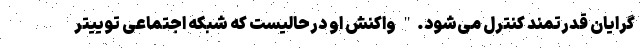
گرایان قدرتمند کنترل می‌شود." واکنش او درحالیست که شبکه اجتماعی توییتر